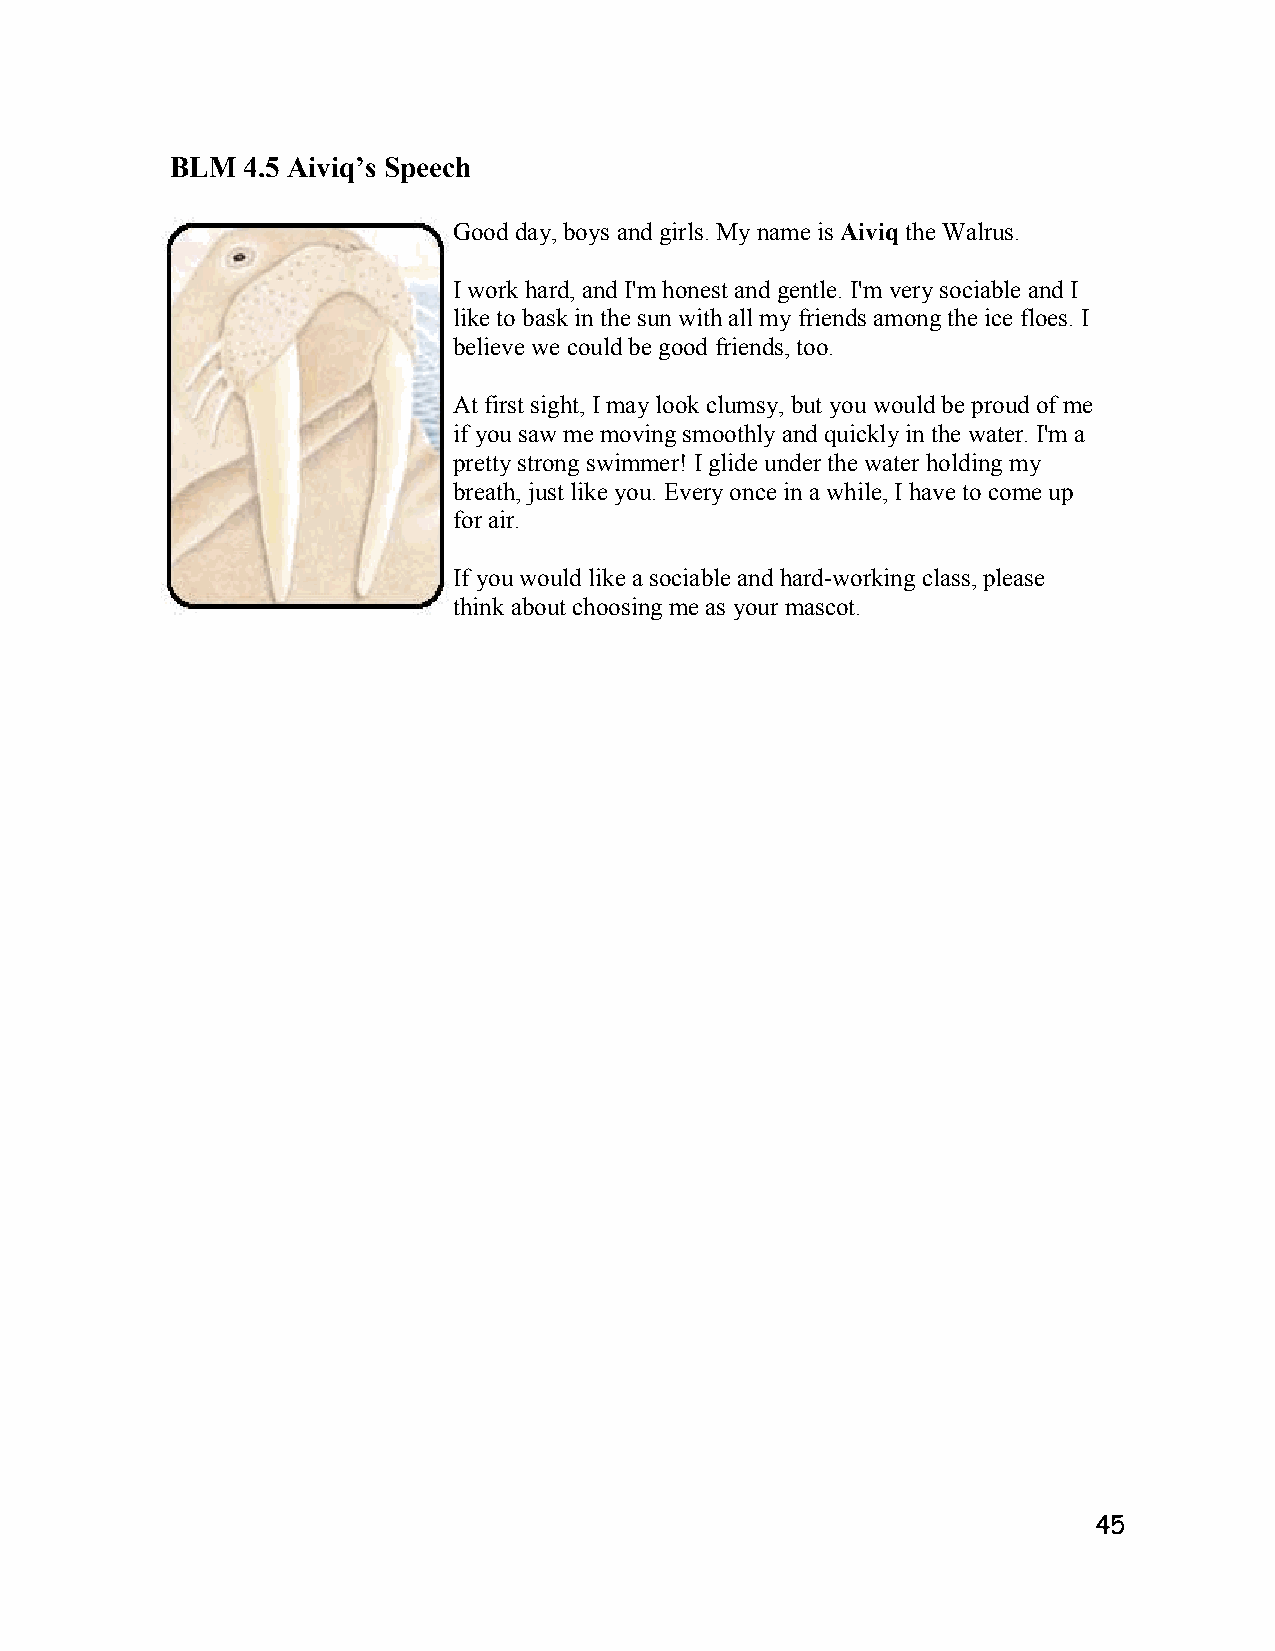
BLM  4.5 Aiviq’s Speech
 Good day, boys and girls. My name is Aiviq the Walrus.
 I work hard, and I'm honest and gentle. I'm very sociable and I
 like to bask in the sun with all my friends among the ice floes. I
 believe we could be good friends, too.
 At first sight, I may look clumsy, but you would be proud of me
 if you saw me moving smoothly and quickly in the water. I'm a
 pretty strong swimmer! I glide under the water holding my
 breath, just like you. Every once in a while, I have to come up
 for air.
 If you would like a sociable and hard-working class, please
 think about choosing me as your mascot.
 45